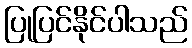
ပြုပြင်နိုင်ပါသည်